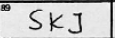
Transcription: SKJ